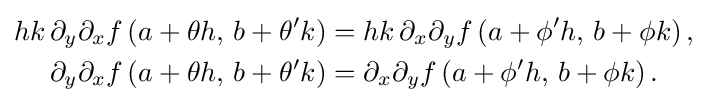
{\begin{aligned}hk\,\partial _{y}\partial _{x}f\left(a+\theta h,\,b+\theta ^{\prime }k\right)&=hk\,\partial _{x}\partial _{y}f\left(a+\phi ^{\prime }h,\,b+\phi k\right),\\\partial _{y}\partial _{x}f\left(a+\theta h,\,b+\theta ^{\prime }k\right)&=\partial _{x}\partial _{y}f\left(a+\phi ^{\prime }h,\,b+\phi k\right).\end{aligned}}